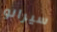
سيرانو